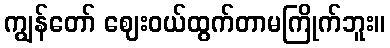
ကျွန်တော် ဈေးဝယ်ထွက်တာမကြိုက်ဘူး။